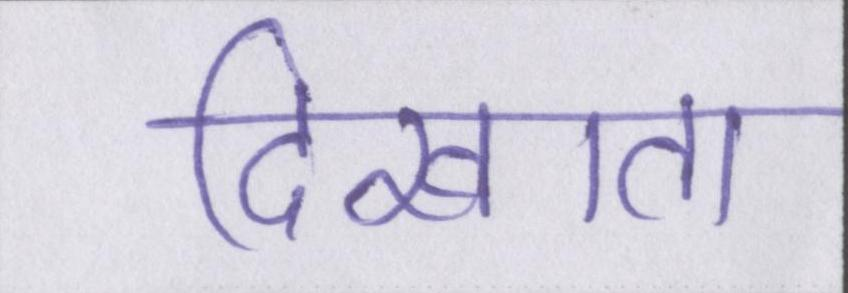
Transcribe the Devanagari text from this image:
दिखाता